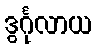
ဒွင်္ဂုလာယ